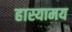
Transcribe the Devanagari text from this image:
हास्यामय